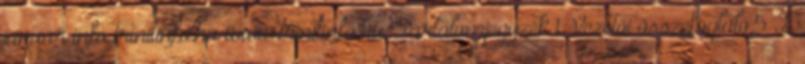
január info trinitinfo.hu www.trinitinfo.hu Tartalomjegyzék 1. Vezetői összefoglaló.5 2.